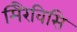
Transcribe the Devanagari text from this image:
मिरैविसि